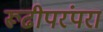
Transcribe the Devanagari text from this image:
रूढीपरंपरा